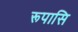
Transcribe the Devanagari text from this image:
रूपासि